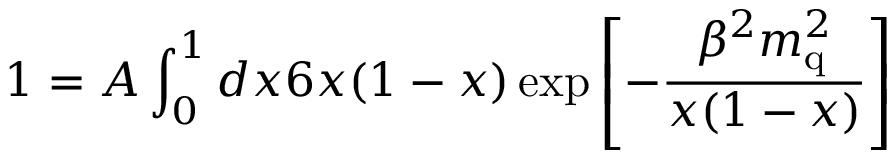
1 = A \int _ { 0 } ^ { 1 } d x 6 x ( 1 - x ) \exp { \left[ - \frac { \beta ^ { 2 } m _ { \mathrm { q } } ^ { 2 } } { x ( 1 - x ) } \right] }